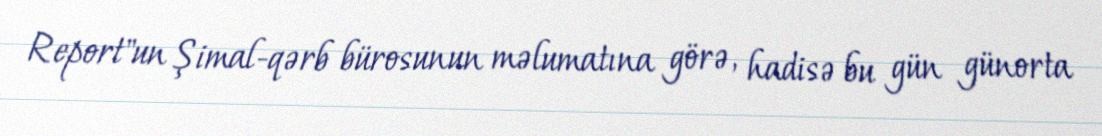
Report"un Şimal-qərb bürosunun məlumatına görə, hadisə bu gün günorta